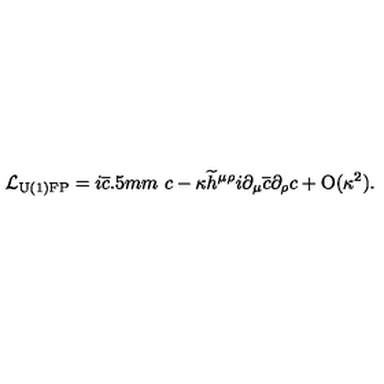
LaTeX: { \cal L } _ { \mathrm { { U ( 1 ) F P } } } = i \overline { { c } } \raisebox { - 0 . 5 m m } { } c - \kappa \widetilde { h } ^ { \mu \rho } i \partial _ { \mu } \overline { { c } } \partial _ { \rho } c + \mathrm { O } ( \kappa ^ { 2 } ) .